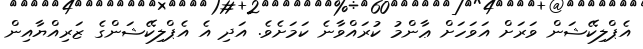
އެޕްލިކޭޝަން ވަރަށް އަވަހަށް ޢާންމު ކުރައްވާނެ ކަމަށެވެ. އަދި އެ އެޕްލިކޭޝަންގެ ޒަރިއްޔާއިން